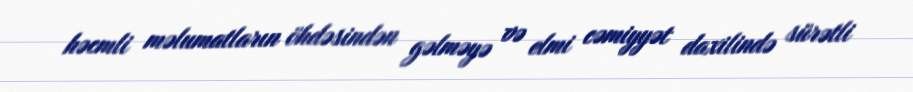
həcmli məlumatların öhdəsindən gəlməyə və elmi cəmiyyət daxilində sürətli